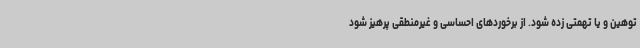
توهین و یا تهمتی زده شود. از برخوردهای احساسی و غیرمنطقی پرهیز شود